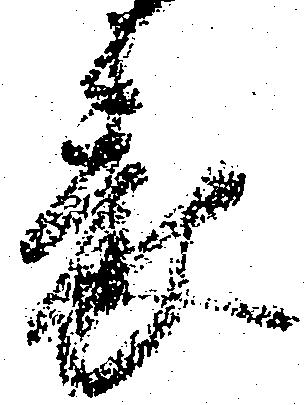
表